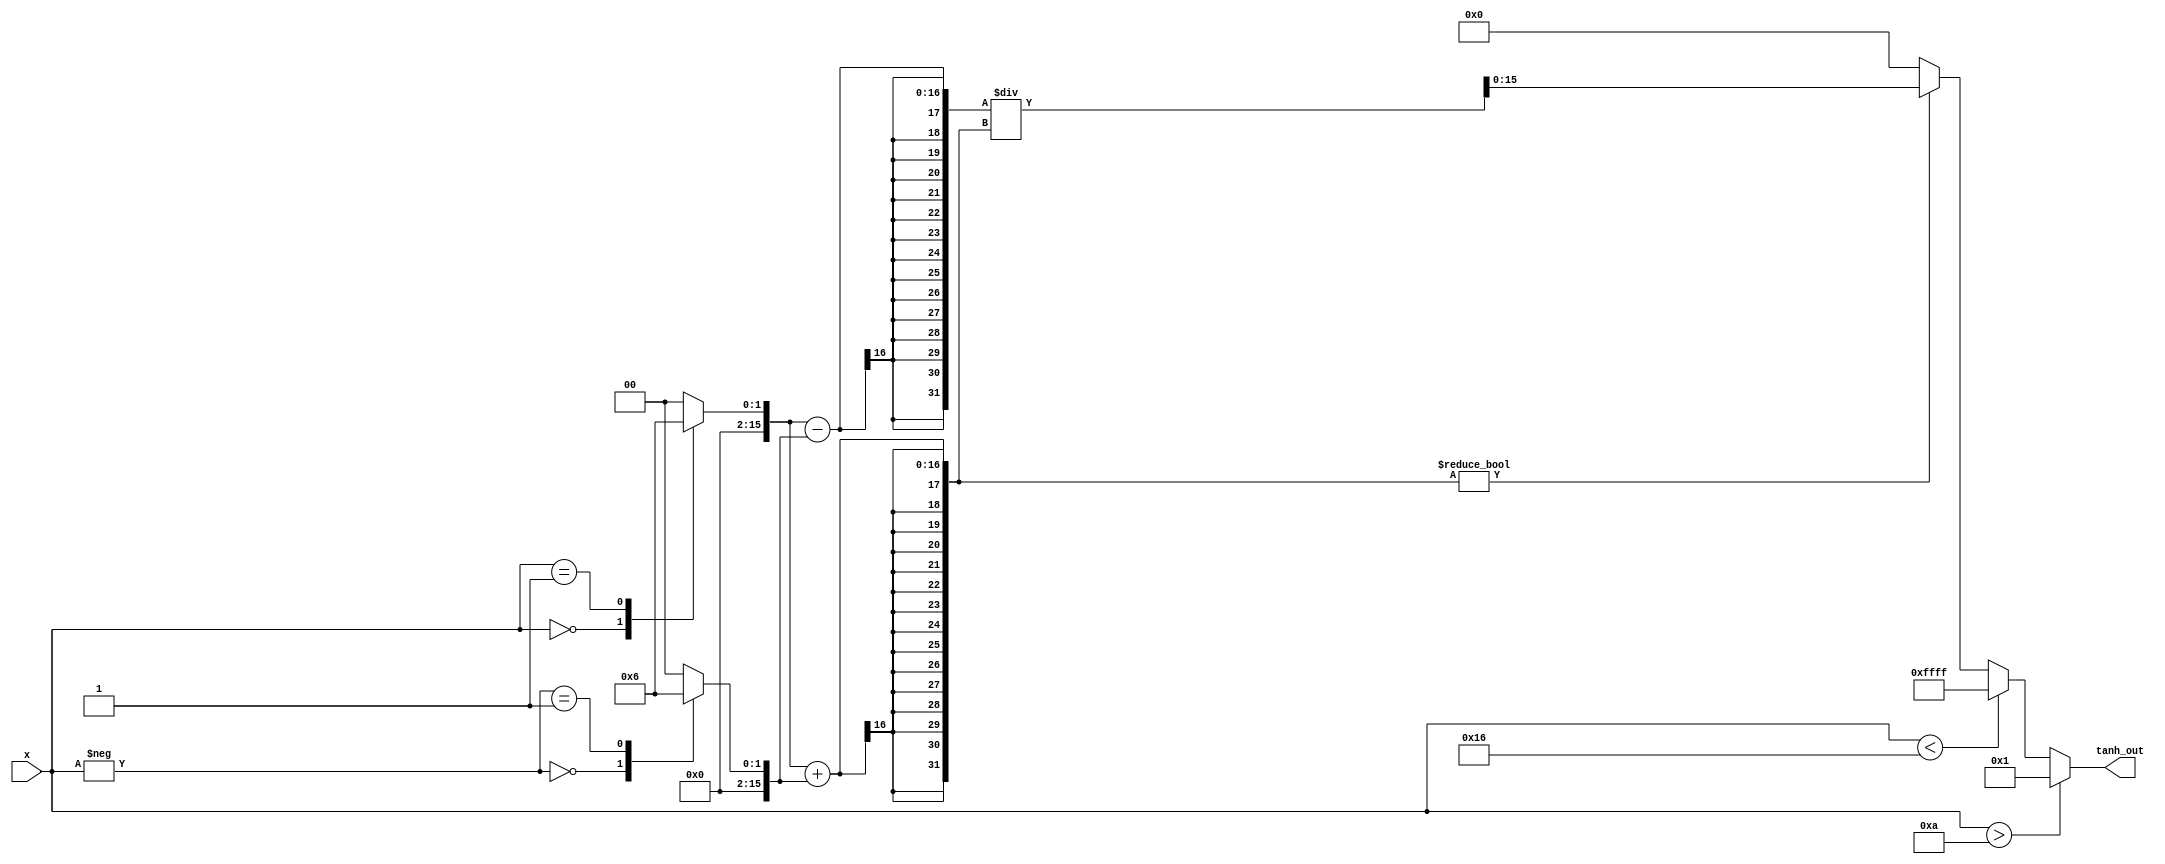
module tanh_block (
    input wire signed [15:0] x,        // Input value (fixed-point format, Q1.15)
    output reg signed [15:0] tanh_out   // Output value (fixed-point format, Q1.15)
);

    // Define constants
    parameter signed [15:0] MAX_INPUT = 16'h000A;  // 10 in Q1.15
    parameter signed [15:0] MIN_INPUT = 16'hFFF6;  // -10 in Q1.15
    parameter signed [15:0] ONE = 16'h0001;         // 1 in Q1.15
    parameter signed [15:0] NEG_ONE = 16'hFFFF;     // -1 in Q1.15

    // Internal wires for exponential calculations
    wire signed [15:0] exp_x;
    wire signed [15:0] exp_neg_x;
    reg signed [31:0] numerator;
    reg signed [31:0] denominator;

    // Exponential approximation (simple version, for demo purposes)
    function signed [15:0] exp_approx(input signed [15:0] val);
        begin
            // Simple exponential approximation using a lookup table or polynomial could be used here
            case (val)
                16'h0000: exp_approx = 16'h0001; // e^0 = 1
                16'h0001: exp_approx = 16'h0001 + (16'h0001 * 16'h0001) / 16'h0001; // e^1 approx
                // Add more cases for approximation or use a more complex polynomial
                default: exp_approx = 16'h0000; // Default case
            endcase
        end
    endfunction

    // Calculate e^x and e^-x
    assign exp_x = exp_approx(x);
    assign exp_neg_x = exp_approx(-x);

    // Compute tanh(x) = (e^x - e^-x) / (e^x + e^-x)
    always @(*) begin
        if (x > MAX_INPUT) begin
            tanh_out = ONE; // Clamp to 1
        end else if (x < MIN_INPUT) begin
            tanh_out = NEG_ONE; // Clamp to -1
        end else begin
            numerator = exp_x - exp_neg_x; // e^x - e^-x
            denominator = exp_x + exp_neg_x; // e^x + e^-x
            
            // Avoid division by zero
            if (denominator != 0) begin
                tanh_out = numerator / denominator; // Perform fixed-point division
            end else begin
                tanh_out = 16'h0000; // Handle case where denominator is 0
            end
        end
    end
endmodule